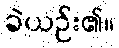
ခဲယဉ်း၏။